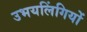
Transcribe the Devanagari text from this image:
उभयलिंगियों